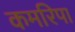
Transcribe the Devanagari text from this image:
कमरिपा